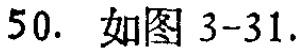
50. 如图 3-31.